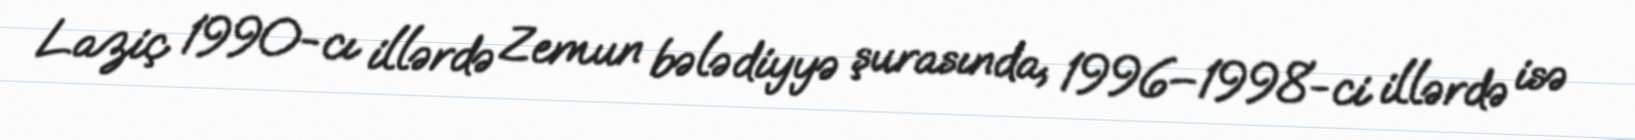
Laziç 1990-cı illərdə Zemun bələdiyyə şurasında, 1996–1998-ci illərdə isə